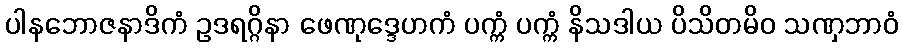
ပါနဘောဇနာဒိကံ ဥဒရဂ္ဂိနာ ဖေဏုဒ္ဒေဟကံ ပက္ကံ ပက္ကံ နိသဒါယ ပိသိတမိဝ သဏှဘာဝံ